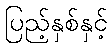
ပြည့်နှစ်နှင့်